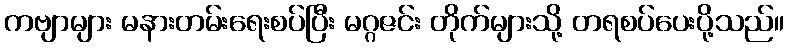
ကဗျာများ မနားတမ်းရေးစပ်ပြီး မဂ္ဂဇင်း တိုက်များသို့ တရစပ်ပေးပို့သည်။